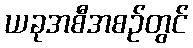
ယခုအစီအစဉ်တွင်